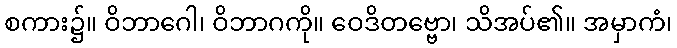
စကား၌။ ဝိဘာဂေါ၊ ဝိဘာဂကို။ ဝေဒိတဗ္ဗော၊ သိအပ်၏။ အမှာကံ၊